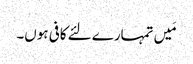
مَیں تمہارے لئے کافی ہوں۔